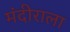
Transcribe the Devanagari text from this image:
मंदीराला